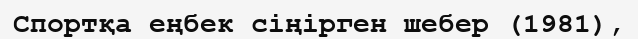
Спортқа еңбек сіңірген шебер (1981),